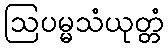
ဩပမ္မသံယုတ္တံ